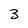
Character: 3